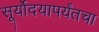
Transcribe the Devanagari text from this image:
सूर्योदयापर्यंतचा